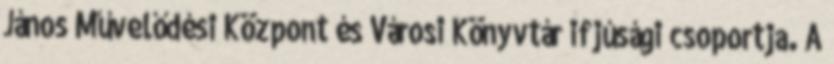
János Művelődési Központ és Városi Könyvtár ifjúsági csoportja. A